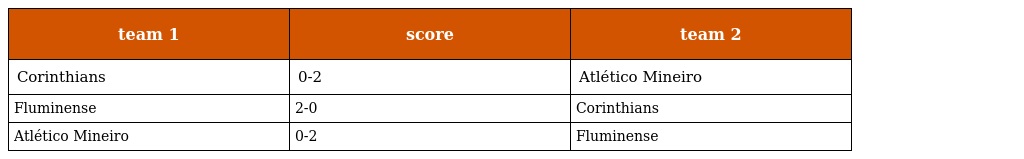
| team 1 | score | team 2 |
 | --- | --- | --- |
 | Corinthians | 0-2 | Atlético Mineiro |
 | Fluminense | 2-0 | Corinthians |
 | Atlético Mineiro | 0-2 | Fluminense |